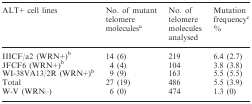
| ALT+ cell lines | No. of mutant telomere moleculesa | No. of telomere molecules analysed | Mutation frequencyc % |
 | --- | --- | --- | --- |
 | IIICF/a2 (WRN+)b | 14 (6) | 219 | 6.4 (2.7) |
 | JFCF6 (WRN+)b | 4 (4) | 104 | 3.8 (3.8) |
 | WI-38VA13/2R (WRN+)b | 9 (9) | 163 | 5.5 (5.5) |
 | Total | 27 (19) | 486 | 5.5 (3.9) |
 | W-V (WRN–) | 6 (0) | 474 | 1.3 (0) |